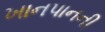
ખાનપાનની